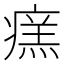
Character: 𤹂